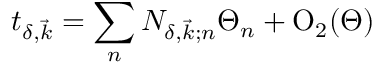
t _ { \delta , \vec { k } } = \sum _ { n } { \cal N } _ { \delta , \vec { k } ; n } \Theta _ { n } + { \mathrm { O } } _ { 2 } ( \Theta )